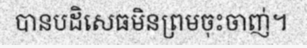
បានបដិសេធមិនព្រមចុះចាញ់។